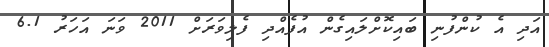
އަދި އެ ކުންފުނި ބައިކޮށްލައިގެން އުފެއްދި ފެލިވަރަށް 2011 ވަނަ އަހަރު 6.1